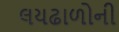
લયઢાળોની